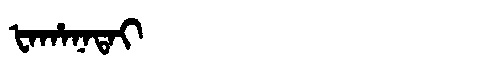
Manchu: ᡶᠠᡥᠠᠨᠠᡨᠠᡳ
Romanization: FAHANATAI